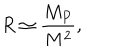
LaTeX: R \simeq \frac { M _ { P } } { M ^ { 2 } } ,